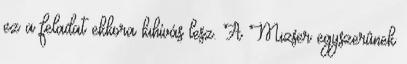
ez a feladat ekkora kihívás lesz. A Mizser egyszerûnek